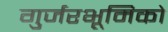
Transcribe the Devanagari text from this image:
गुर्जरभूमिको